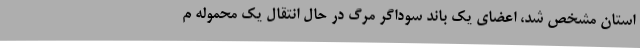
استان مشخص شد، اعضای یک باند سوداگر مرگ در حال انتقال یک محموله م